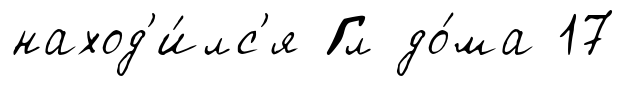
наход'и́лс'я Гл до́ма 17